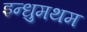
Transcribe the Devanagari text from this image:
इन्धुमथम